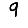
Digit: 9